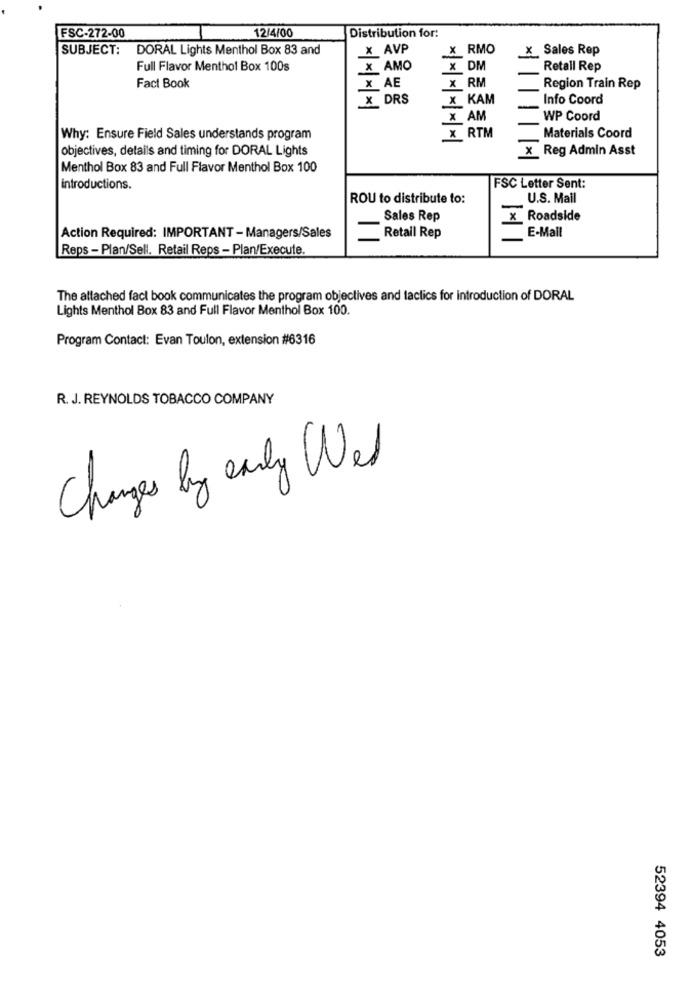
12/4/00
FSC-272-00
Distribution for:
SUBJECT: DORAL Lights Menthol Box 83 and
X AVP
X RMO
x Sales Rep
Full Flavor Menthol Box 100s
X AMO
X DM
Retail Rep
Fact Book
X AE
X RM
Region Train Rep
X DRS
x_KAM
Info Coord
X AM
WP Coord
Why: Ensure Field Sales understands program
X RTM
Materials Coord
objectives, details and timing for DORAL Lights
x Reg Admin Asst
Menthol Box 83 and Full Flavor Menthol Box 100
introductions.
FSC Letter Sent:
ROU to distribute to:
U.S. Mail
Sales Rep
x Roadside
Action Required: IMPORTANT - Managers/Sales
Retail Rep
E-Mail
Reps - Plan/Sell. Retail Reps - Plan/Execute.
The attached fact book communicates the program objectives and tactics for introduction of DORAL
Lights Menthol Box 83 and Full Flavor Menthol Box 100.
Program Contact: Evan Toulon, extension #6316
R. J. REYNOLDS TOBACCO COMPANY
Changes by early Wel
52394 4053